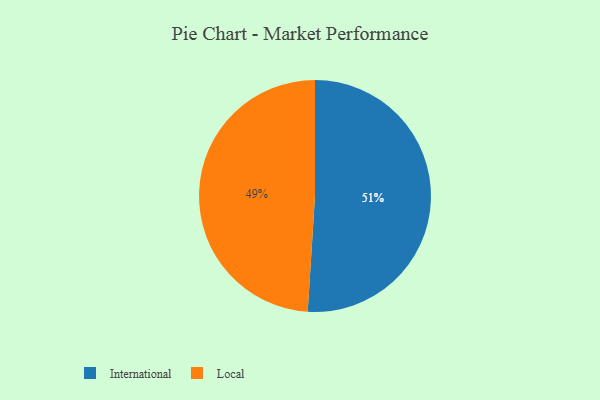
{"axis": {"x": "Category", "y": "Percentage"}, "legend": ["International", "Local"], "data": [{"x": "Local", "y": 49, "type": "Local"}, {"x": "International", "y": 51, "type": "International"}]}